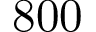
8 0 0